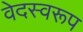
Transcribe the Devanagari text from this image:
वेदस्वरूप